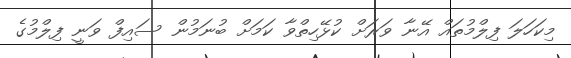
މިކަހަލަ ފިލްމުތައް އޭނާ ވަރަށް ކުޅޭހިތްވާ ކަމަށް ބުނަމުން ސައިފް ވަނީ ފިލްމުގެ